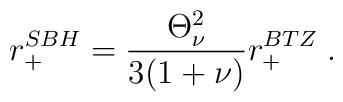
r_{+}^{SBH}=\frac{\Theta _{\nu }^{2}}{3(1+\nu )}r_{+}^{BTZ}\;.